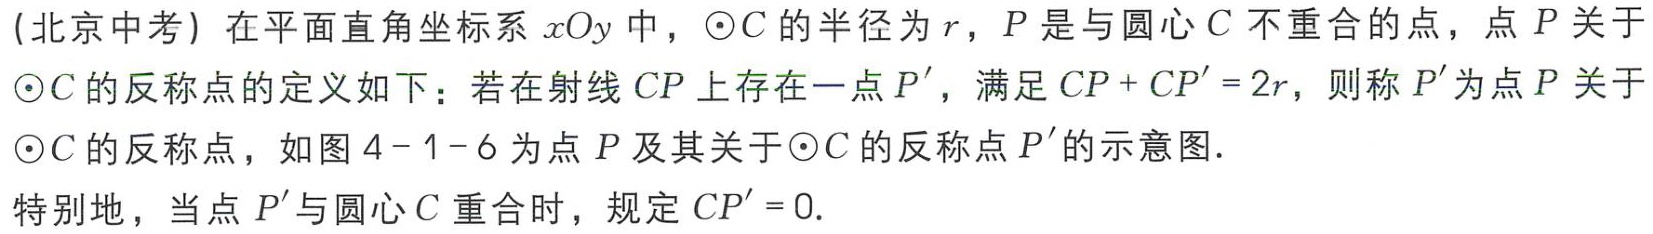
(北京中考) 在平面直角坐标系 \(xOy\) 中，\(\odot C\) 的半径为 \(r\)，\(P\) 是与圆心 \(C\) 不重合的点，点 \(P\) 关于 \(\odot C\) 的反称点的定义如下：若在射线 \(CP\) 上存在一点 \(P'\)，满足 \(CP + CP' = 2r\)，则称 \(P'\) 为点 \(P\) 关于 \(\odot C\) 的反称点，如图 \(4 - 1 - 6\) 为点 \(P\) 及其关于 \(\odot C\) 的反称点 \(P'\) 的示意图.
特别地，当点 \(P'\) 与圆心 \(C\) 重合时，规定 \(CP' = 0\).